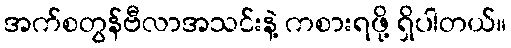
အက်စတွန်ဗီလာအသင်းနဲ့ ကစားရဖို့ ရှိပါတယ်။